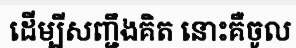
ដើម្បីសញ្ជឹងគិត នោះគឺចូល